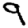
Digit: 9